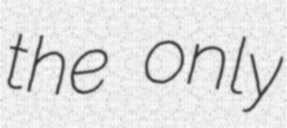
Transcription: the only